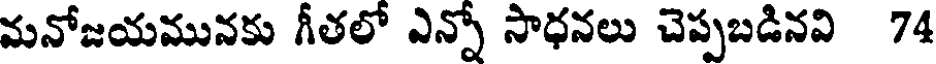
మనోజయమునకు గీతలో ఎన్నో సాధనలు చెప్పబడినవి 74